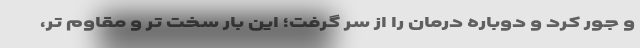
و جور کرد و دوباره درمان را از سر گرفت؛ این بار سخت تر و مقاوم تر،